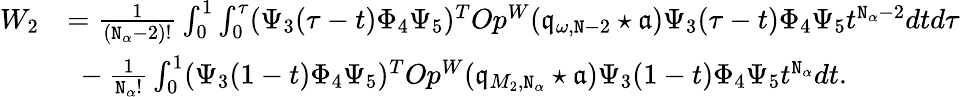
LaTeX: \begin{array}{rl}{W_{2}}&{=\frac{1}{(\mathtt{N}_{\alpha}-2)!}\int_{0}^{1}\int_{0}^{\tau}(\Psi_{3}(\tau-t)\Phi_{4}\Psi_{5})^{T}Op^{W}(\mathfrak{q}_{\omega,\mathtt{N}-2}\star\mathfrak{a})\Psi_{3}(\tau-t)\Phi_{4}\Psi_{5}t^{\mathtt{N}_{\alpha}-2}dtd\tau}\\ &{\ -\frac{1}{\mathtt{N}_{\alpha}!}\int_{0}^{1}(\Psi_{3}(1-t)\Phi_{4}\Psi_{5})^{T}Op^{W}(\mathfrak{q}_{M_{2},\mathtt{N}_{\alpha}}\star\mathfrak{a})\Psi_{3}(1-t)\Phi_{4}\Psi_{5}t^{\mathtt{N}_{\alpha}}dt.}\end{array}